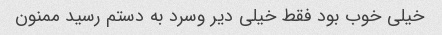
خیلی خوب بود فقط خیلی دیر وسرد به دستم رسید ممنون